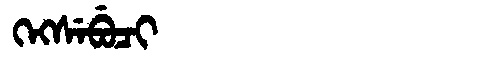
Manchu: ᡴᡝᡴᠰᡝᠪᡠᠴᡳ
Romanization: KEKSEBUCI